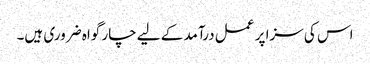
اس کی سزا پر عمل درآمد کے لیے چار گواہ ضروری ہیں۔